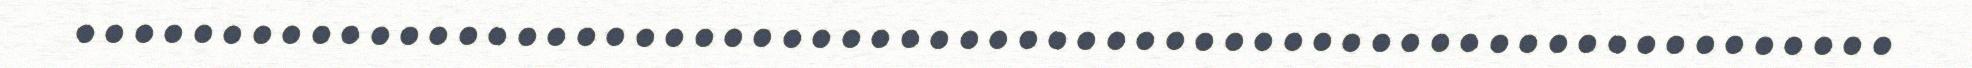
..............................................................